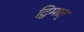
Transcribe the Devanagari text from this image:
द्विमातृ